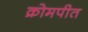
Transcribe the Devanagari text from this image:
क्रोमपीत